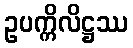
ဥပက္ကိလိဋ္ဌဿ